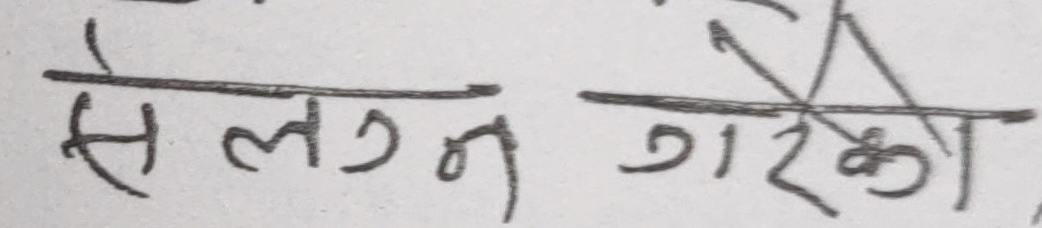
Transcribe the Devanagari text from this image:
सेलग्न गरेका